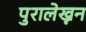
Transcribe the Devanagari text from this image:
पुरालेख्नन